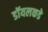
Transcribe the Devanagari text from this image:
डॉयलकडे